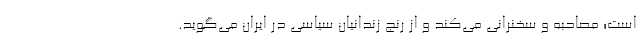
است؛ مصاحبه و سخنرانی می‌کند و از رنج زندانیان سیاسی در ایران می‌گوید.